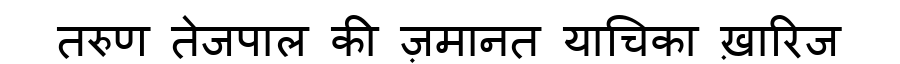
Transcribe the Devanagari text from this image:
तरुण तेजपाल की ज़मानत याचिका ख़ारिज